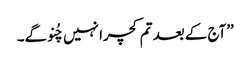
’’آج کے بعد تم کچرا نہیں چُنو گے۔